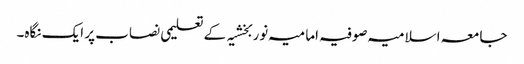
جامعہ اسلامیہ صوفیہ امامیہ نوربخشیہ کے تعلیمی نصاب پر ایک نگاہ۔